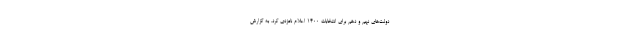
دولت‌های نهم و دهم برای انتخابات ۱۴۰۰ اعلام نامزدی کرد. به گزارش